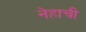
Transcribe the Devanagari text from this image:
नेहाची